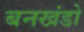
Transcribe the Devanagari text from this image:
बनखंडो